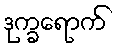
ဒုက္ခရောက်